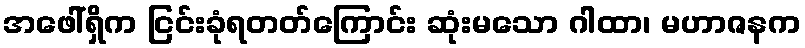
အဖေါ်ရှိက ငြင်းခုံရတတ်ကြောင်း ဆုံးမသော ဂါထာ၊ မဟာဇနက